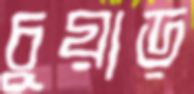
চুয়াড়